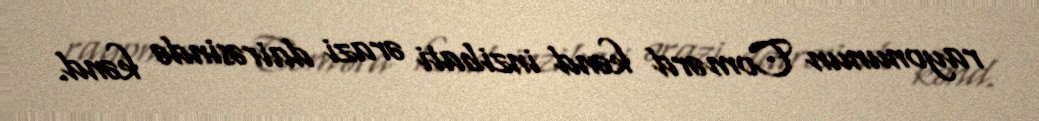
rayonunun Comərd kənd inzibati ərazi dairəsində kənd.